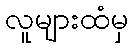
လူများထံမှ